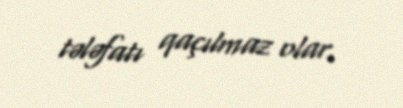
tələfatı qaçılmaz olar.